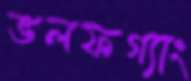
ভলফগ্যাং